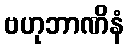
ဗဟုဘာဏိနံ